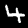
Digit: 4